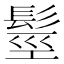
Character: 𩭙